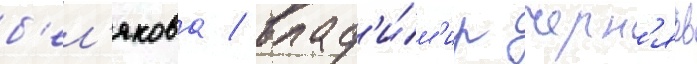
б'ел'якова / влад'и́м'ир черн'яев